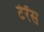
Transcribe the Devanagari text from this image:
टेर्रेंस